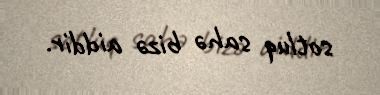
sotluq sahə bizə aiddir.